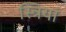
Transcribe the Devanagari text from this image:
स्‍त्रियां